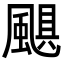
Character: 颶